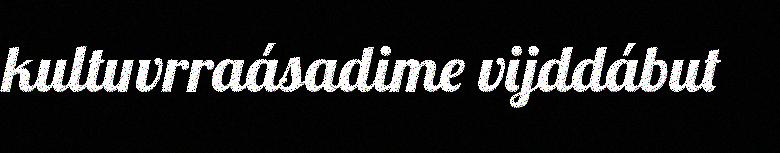
kultuvrraásadime vijddábut